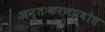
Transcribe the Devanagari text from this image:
अन्तःकरणप्रबोध